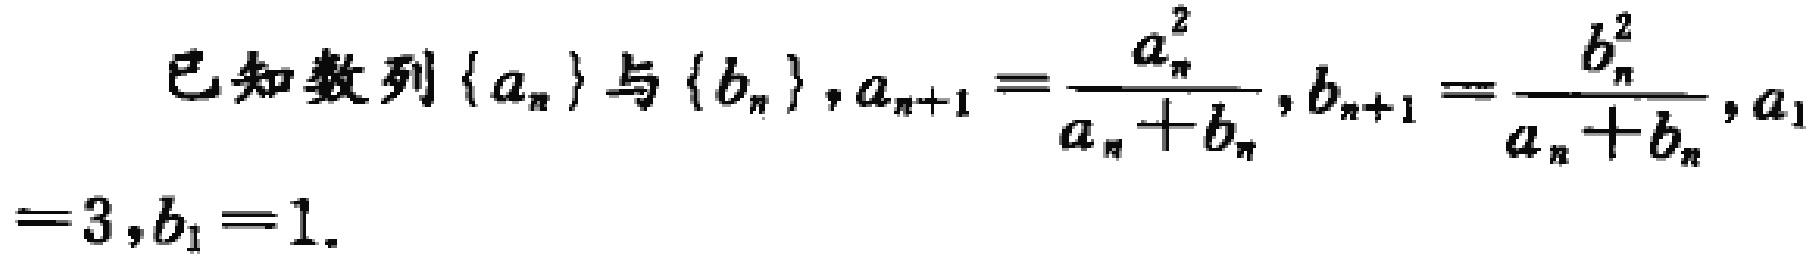
已知数列\(\{a_{n}\}\)与\(\{b_{n}\}\)，\(a_{n + 1} = \frac{a_{n}^{2}}{a_{n} + b_{n}}\)，\(b_{n + 1} = \frac{b_{n}^{2}}{a_{n} + b_{n}}\)，\(a_{1} = 3\)，\(b_{1} = 1\)。